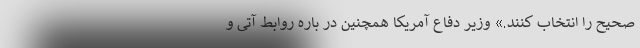
صحیح را انتخاب کنند.» وزیر دفاع آمریکا همچنین در باره روابط آتی و